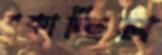
বকাচ্ছিস